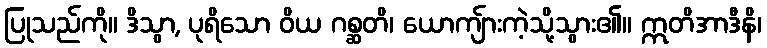
ပြုသည်ကို။ ဒိသွာ, ပုရိသော ဝိယ ဂစ္ဆတိ၊ ယောကျ်ားကဲ့သို့သွား၏။ ဣတိအာဒီနိ၊